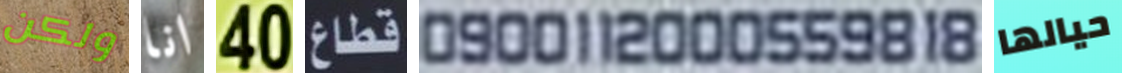
ولكن انا 40 قطاع 0900112000559818 حيالها